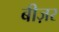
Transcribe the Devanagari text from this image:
बीज़र